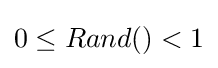
0\leq Rand()<1